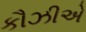
કૌઝીએ